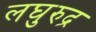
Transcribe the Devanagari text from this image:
लघुरुद्र